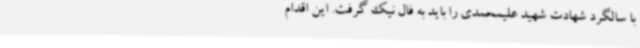
با سالگرد شهادت شهید علیمحمدی را باید به فال نیک گرفت‌. این اقدام